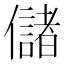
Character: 儲